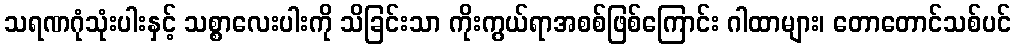
သရဏဂုံသုံးပါးနှင့် သစ္စာလေးပါးကို သိခြင်းသာ ကိုးကွယ်ရာအစစ်ဖြစ်ကြောင်း ဂါထာများ၊ တောတောင်သစ်ပင်